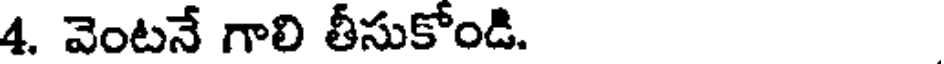
4. వెంటనే గాలి తీసుకోండి.